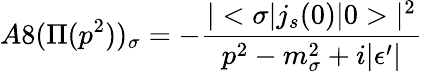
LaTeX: A8(\Pi(p^{2}))_{\sigma}=-\frac{|<\sigma|j_{s}(0)|0>|^{2}}{p^{2}-m_{\sigma}^{2}+i|\epsilon^{\prime}|}